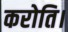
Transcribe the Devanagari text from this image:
करोति।